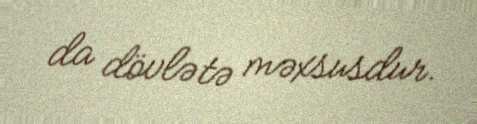
da dövlətə məxsusdur.